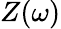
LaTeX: Z(\omega)